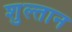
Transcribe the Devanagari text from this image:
शुल्तान